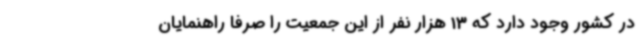
در کشور وجود دارد که 13 هزار نفر از این جمعیت را صرفاً راهنمایان